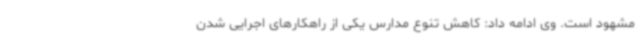
مشهود است. وی ادامه داد: کاهش تنوع مدارس یکی از راهکارهای اجرایی شدن